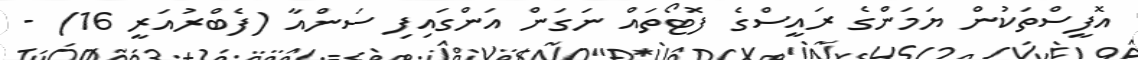
އޮފީސްތަކުން ޔަމަންގެ ރައީސްގެ ފޮޓޯތައް ނަގަން އަންގައިފި ސަންއާ (ފެބްރުއަރީ 16) -